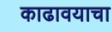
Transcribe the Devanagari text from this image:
काढावयाचा